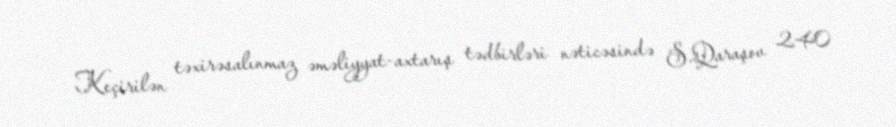
Keçirilən təxirəsalınmaz əməliyyat-axtarış tədbirləri nəticəsində S.Qaraşov 240